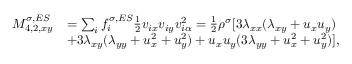
\begin{array} { r } { \begin{array} { r l } { M _ { 4 , 2 , x y } ^ { \sigma , E S } } & { = \sum _ { i } f _ { i } ^ { \sigma , E S } \frac { 1 } { 2 } v _ { i x } v _ { i y } v _ { i \alpha } ^ { 2 } = \frac { 1 } { 2 } \rho ^ { \sigma } [ 3 \lambda _ { x x } ( \lambda _ { x y } + u _ { x } u _ { y } ) } \\ & { + 3 \lambda _ { x y } ( \lambda _ { y y } + u _ { x } ^ { 2 } + u _ { y } ^ { 2 } ) + u _ { x } u _ { y } ( 3 \lambda _ { y y } + u _ { x } ^ { 2 } + u _ { y } ^ { 2 } ) ] , } \end{array} } \end{array}